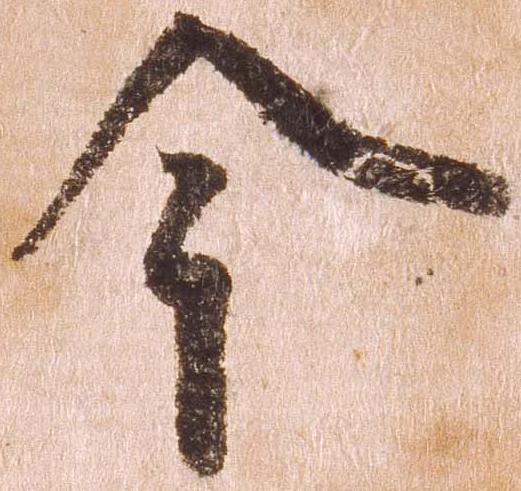
今